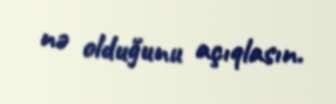
nə olduğunu açıqlasın.